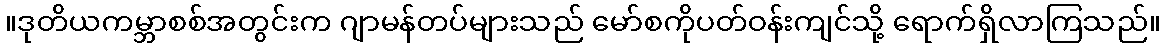
။ဒုတိယကမ္ဘာစစ်အတွင်းက ဂျာမန်တပ်များသည် မော်စကိုပတ်ဝန်းကျင်သို့ ရောက်ရှိလာကြသည်။